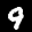
Label: 9